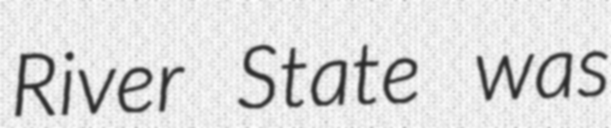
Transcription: River State was